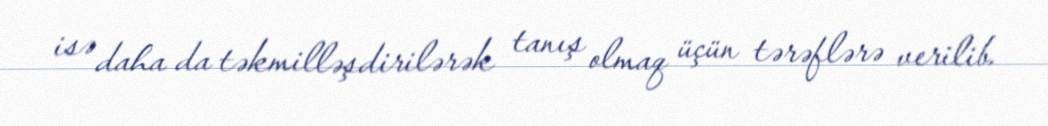
isə daha da təkmilləşdirilərək tanış olmaq üçün tərəflərə verilib.